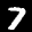
Label: 7